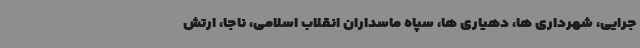
جرایی، شهرداری ها، دهیاری ها، سپاه ماسداران انقلاب اسلامی، ناجا، ارتش